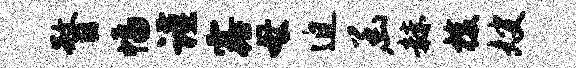
瞀幅谨露母迫函赫梭嫂